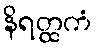
နိရတ္ထကံ